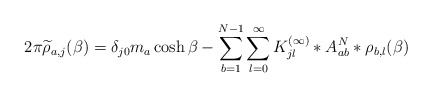
\begin{align*}2\pi \widetilde{\rho}_{a,j}(\beta) = \delta_{j0} m_a \cosh\beta -\sum_{b=1}^{N-1}\sum_{l=0}^\infty {K^{(\infty)}_{jl}}*A_{ab}^{N} * \rho_{b,l} (\beta)\end{align*}